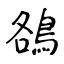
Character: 鵅